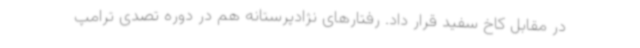
در مقابل کاخ سفید قرار داد. رفتارهای نژادپرستانه هم در دوره تصدی ترامپ